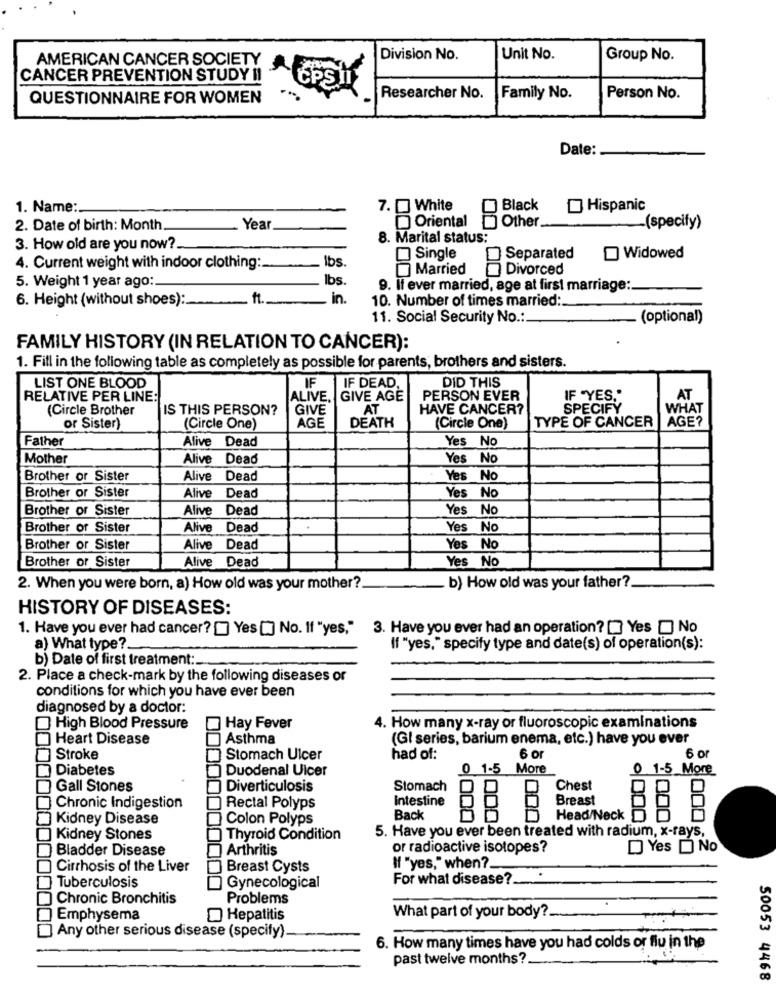
AMERICAN CANCER SOCIETY
Division No.
Unit No.
Group No.
CANCER PREVENTION STUDY II
QUESTIONNAIRE FOR WOMEN
-.
Researcher No.
Family No.
Person No.
Date:
1. Name :.
7. [] White
Black
Hispanic
2. Date of birth: Month.
Year
Oriental
Other
-(specify)
8. Marital status:
3. How old are you now ?.
lbs
Single
Separated
Widowed
4. Current weight with indoor clothing:
Married
Divorced
lbs.
5. Weight 1 year ago:
9. If ever married, age at first marriage:
6. Height (without shoes):
in.
10. Number of times married:
11. Social Security No .:
(optional)
FAMILY HISTORY (IN RELATION TO CANCER):
1. Fill in the following table as completely as possible for parents, brothers and sisters.
IF
LIST ONE BLOOD
IF DEAD,
DID THIS
RELATIVE PER LINE:
ALIVE.
GIVE AGE
PERSON EVER
IF "YES."
AT
(Circle Brother
IS THIS PERSON?
GIVE
AT
HAVE CANCER?
SPECIFY
WHAT
AGE
TYPE OF CANCER
AGE?
or Sister)
(Circle One)
DEATH
(Circle One)
Father
Alive Dead
Yes No
Mother
Alive Dead
Yes No
Brother or Sister
Alive
Dead
Yes No
Brother or Sister
Alive
Dead
Yes No
Brother or Sister
Alive
Dead
Yes No
Brother of Sister
Alive Dead
Yes No
Brother or Sister
Alive Dead
Yes No
Brother or Sister
Alive Dead
Yes No
2. When you were born, a) How old was your mother?
b) How old was your father ?.
HISTORY OF DISEASES:
1. Have you ever had cancer? [] Yes[] No. If "yes," 3. Have you ever had an operation? [ Yes [ No
a) What type ?.
If "yes," specify type and date(s) of operation(s):
b) Date of first treatment :.
2. Place a check-mark by the following diseases or
conditions for which you have ever been
diagnosed by a doctor:
High Blood Pressure
Hay Fever
4. How many x-ray or fluoroscopic examinations
Heart Disease
Asthma
(Gl series, barium enema, etc.) have you ever
Stroke
Stomach Ulcer
had of:
6 or
6 o
Diabetes
Duodenal Ulcer
0 1-5 More
0 1-5 More
Gall Stones
Diverticulosis
Stomach
Chest
Intestine
Breast
Chronic Indigestion
Rectal Polyps
Kidney Disease
Colon Polyps
Back
BB B
Head/Neck
000
5. Have you ever been treated with radium, x-rays,
Kidney Stones
Thyroid Condition
Bladder Disease
Arthritis
or radioactive isotopes?
Yes D No
Cirrhosis of the Liver
Breast Cysts
If "yes," when ?_
For what disease ?.
Tuberculosis
Gynecological
Chronic Bronchitis
Problems
Emphysema
Hepatitis
What part of your body ?.
Any other serious disease (specify)
6. How many times have you had colds or flu in the
past twelve months?
50053 4468